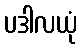
ပဒါလယုံ